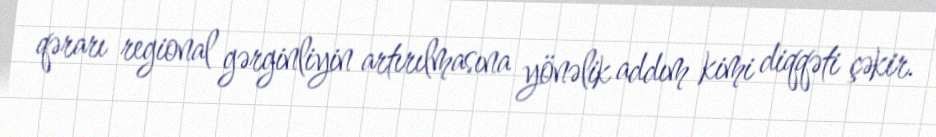
qərarı regional gərginliyin artırılmasına yönəlik addım kimi diqqəti çəkir.